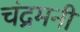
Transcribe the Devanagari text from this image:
चंद्रमनी